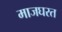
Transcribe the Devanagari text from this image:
माजघरत